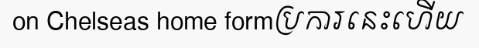
on Chelseas home formប្រការនេះហើយ